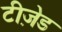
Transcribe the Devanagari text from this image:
टीज़ेड